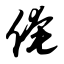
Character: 俺